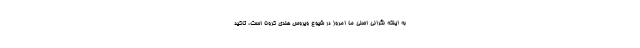
به اینکه نگرانی اصلی ما امروز در شیوع ویروس هندی کرونا است، تاکید